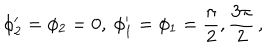
\phi _ { 2 } ^ { \prime } = \phi _ { 2 } = 0 , \ \phi _ { 1 } ^ { \prime } = \phi _ { 1 } = { \frac { \pi } { 2 } } , { \frac { 3 \pi } { 2 } } \, ,